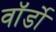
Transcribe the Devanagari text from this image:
वॉर्डो